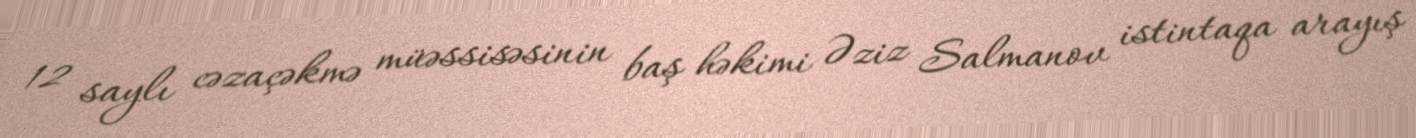
12 saylı cəzaçəkmə müəssisəsinin baş həkimi Əziz Salmanov istintaqa arayış